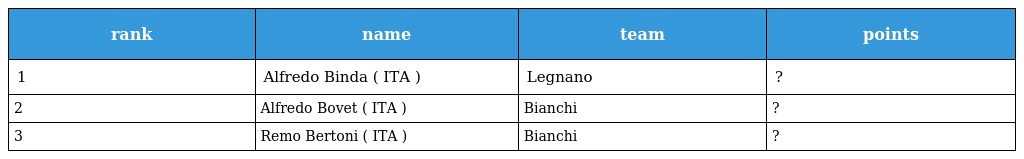
| rank | name | team | points |
 | --- | --- | --- | --- |
 | 1 | Alfredo Binda ( ITA ) | Legnano | ? |
 | 2 | Alfredo Bovet ( ITA ) | Bianchi | ? |
 | 3 | Remo Bertoni ( ITA ) | Bianchi | ? |